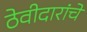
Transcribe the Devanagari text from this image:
ठेवीदारांचे